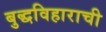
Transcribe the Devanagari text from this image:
बुद्धविहाराची